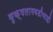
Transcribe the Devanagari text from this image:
वृक्षलागवडीचाही